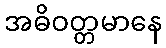
အဓိဝတ္တမာနေ